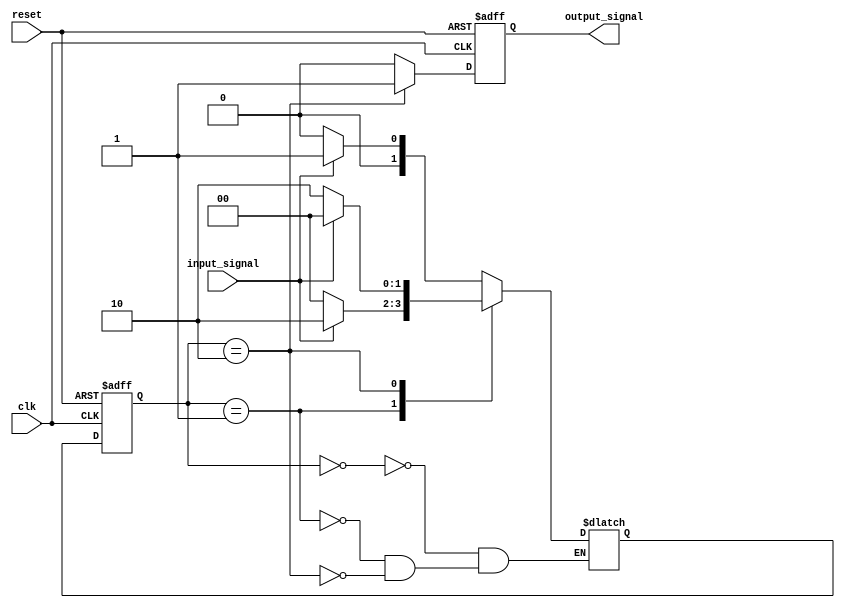
module fsm (
    input clk,
    input reset,
    input input_signal,
    output reg output_signal
);

// State definitions
parameter STATE_A = 2'b00;
parameter STATE_B = 2'b01;
parameter STATE_C = 2'b10;

// Define state register
reg [1:0] state_reg, next_state;

// State machine logic
always @(posedge clk or posedge reset) begin
    if (reset) begin
        state_reg <= STATE_A;
        output_signal <= 0;
    end else begin
        state_reg <= next_state;
        output_signal <= (state_reg == STATE_C) ? 1'b1 : 1'b0; // Output logic
    end
end

// State transition logic
always @* begin
    case (state_reg)
        STATE_A: begin
            if (input_signal) begin
                next_state = STATE_B;
            end else begin
                next_state = STATE_A;
            end
        end
        STATE_B: begin
            if (input_signal) begin
                next_state = STATE_C;
            end else begin
                next_state = STATE_A;
            end
        end
        STATE_C: begin
            if (input_signal) begin
                next_state = STATE_A;
            end else begin
                next_state = STATE_C;
            end
        end
    endcase
end

endmodule